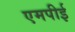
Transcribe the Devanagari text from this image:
एमपीई